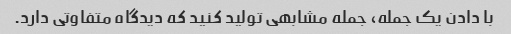
با دادن یک جمله، جمله مشابهی تولید کنید که دیدگاه متفاوتی دارد.